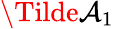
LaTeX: \Tilde{\mathcal{A}}_{1}